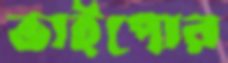
ভাইপোর